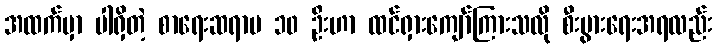
အထက်မှာ ပါရှိတဲ့ စာရေးဆရာမ ၁၀ ဦးဟာ ထင်ရှားကျော်ကြားသလို စီးပွားရေးအရလည်း